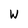
Character: W